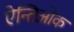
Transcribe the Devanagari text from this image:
ऐन्तिओक